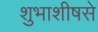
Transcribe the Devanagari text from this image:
शुभाशीषसे